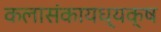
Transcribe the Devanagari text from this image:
कलासंकायध्यक्ष